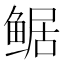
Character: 𱈀